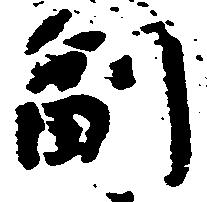
副